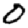
Digit: 0